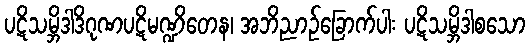
ပဋိသမ္ဘိဒါဒိဂုဏပဋိမဏ္ဍိတေန၊ အဘိညာဉ်ခြောက်ပါး ပဋိသမ္ဘိဒါစသော